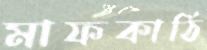
মাফকাঠি